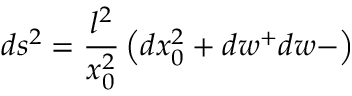
d s ^ { 2 } = \frac { l ^ { 2 } } { x _ { 0 } ^ { 2 } } \left( d x _ { 0 } ^ { 2 } + d w ^ { + } d w - \right)